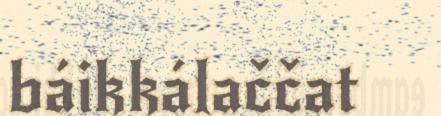
báikkálaččat